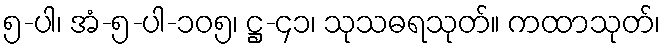
၅-ပါ၊ အံ-၅-ပါ-၁၀၅၊ ဋ္ဌ-၄၁၊ သုသဓရသုတ်။ ကထာသုတ်၊